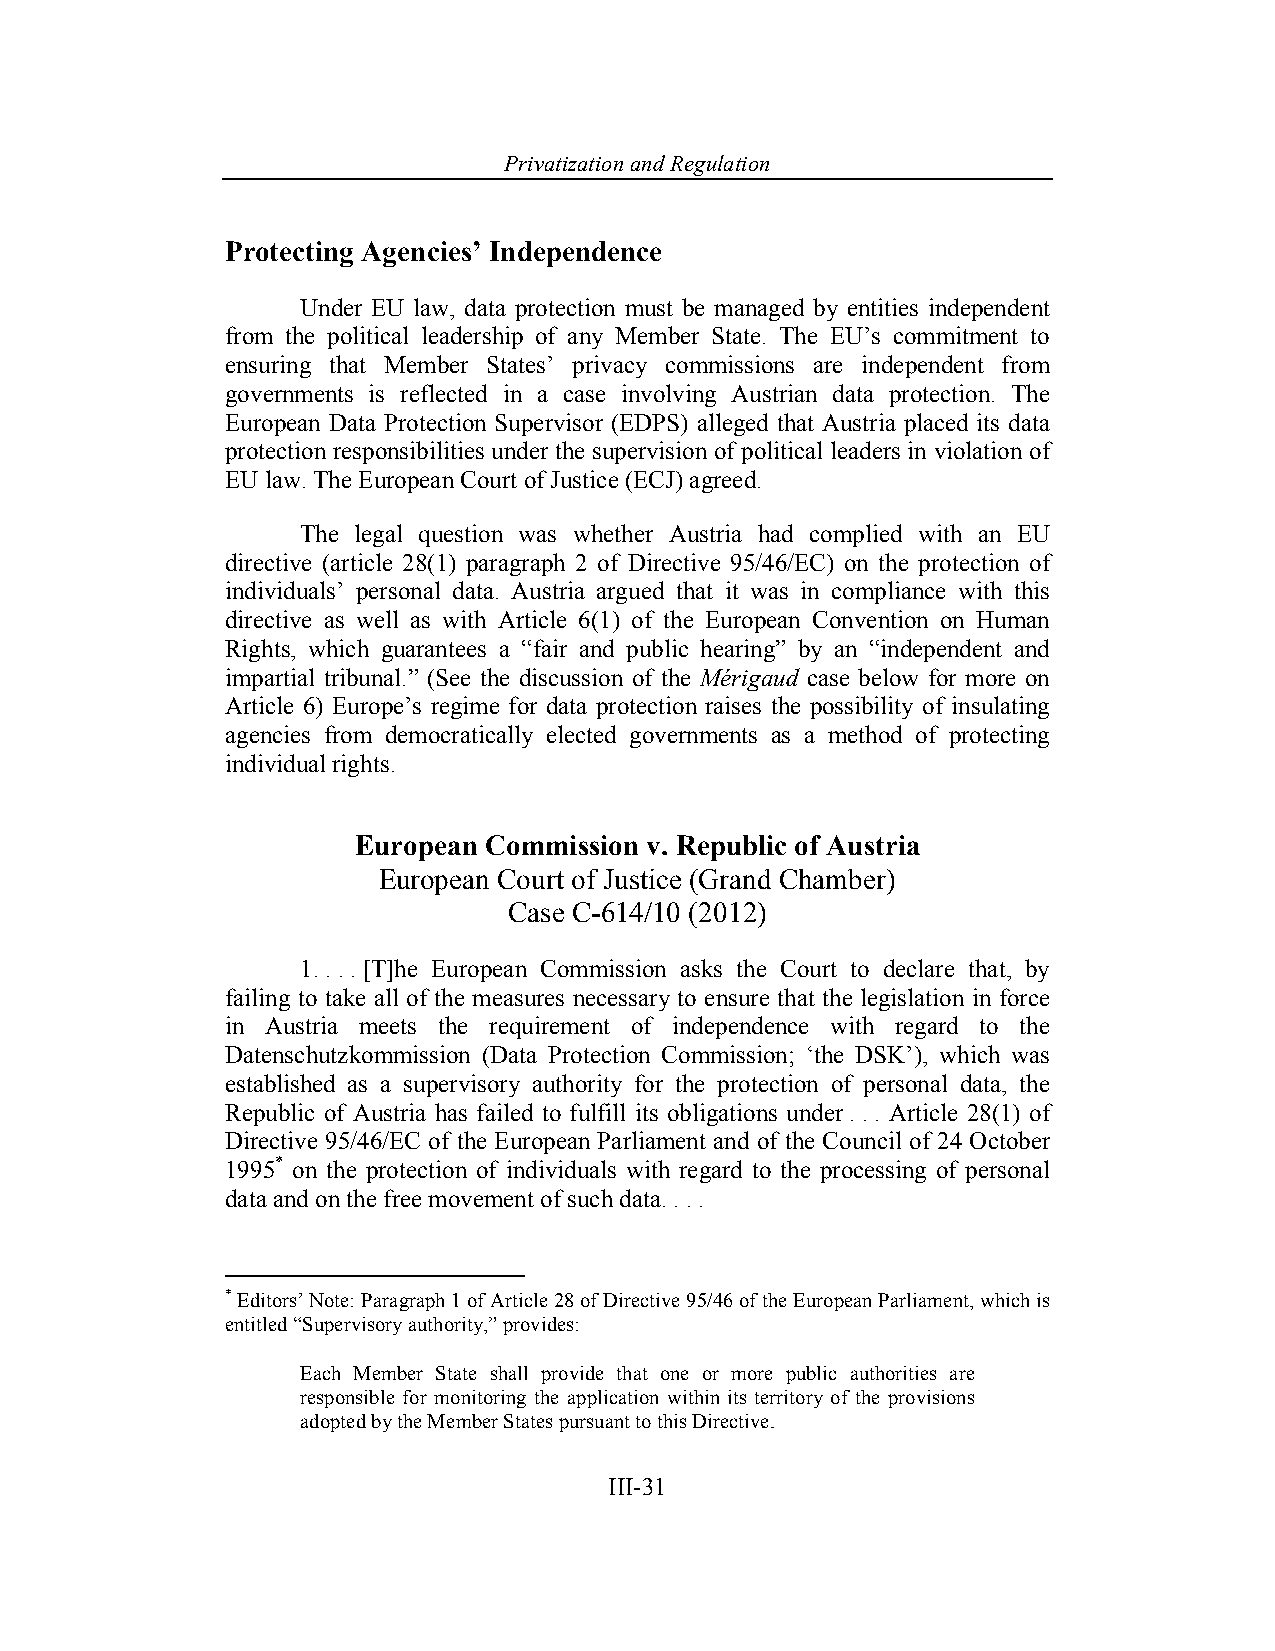
Privatization and Regulation
 Protecting Agencies’ Independence
 Under EU law, data protection must be managed by entities independent
 from the political leadership of any Member State. The EU’s commitment to
 ensuring that Member States’ privacy commissions are independent from
 governments is reflected in a case involving Austrian data protection. The
 European Data Protection Supervisor (EDPS) alleged that Austria placed its data
 protection responsibilities under the supervision of political leaders in violation of
 EU law. The European Court of Justice (ECJ) agreed.
 The legal question was whether Austria had complied with an EU
 directive (article 28(1) paragraph 2 of Directive 95/46/EC) on the protection of
 individuals’ personal data. Austria argued that it was in compliance with this
 directive as well as with Article 6(1) of the European Convention on Human
 Rights, which guarantees a “fair and public hearing” by an “independent and
 impartial tribunal.” (See the discussion of the Mérigaud case below for more on
 Article 6) Europe’s regime for data protection raises the possibility of insulating
 agencies from democratically elected governments as a method of protecting
 individual rights.
 European Commission v. Republic of Austria
 European Court of Justice (Grand Chamber)
 Case C-614/10 (2012)
 1. . . . [T]he European Commission asks the Court to declare that, by
 failing to take all of the measures necessary to ensure that the legislation in force
 in Austria meets the requirement of independence with regard to the
 Datenschutzkommission (Data Protection Commission; ‘the DSK’), which was
 established as a supervisory authority for the protection of personal data, the
 Republic of Austria has failed to fulfill its obligations under . . . Article 28(1) of
 Directive 95/46/EC of the European Parliament and of the Council of 24 October
 1995* on the protection of individuals with regard to the processing of personal
 data and on the free movement of such data. . . .
 * Editors’ Note: Paragraph 1 of Article 28 of Directive 95/46 of the European Parliament, which is
 entitled “Supervisory authority,” provides:
 Each Member State shall provide that one or more public authorities are
 responsible for monitoring the application within its territory of the provisions
 adopted by the Member States pursuant to this Directive.
 III-31